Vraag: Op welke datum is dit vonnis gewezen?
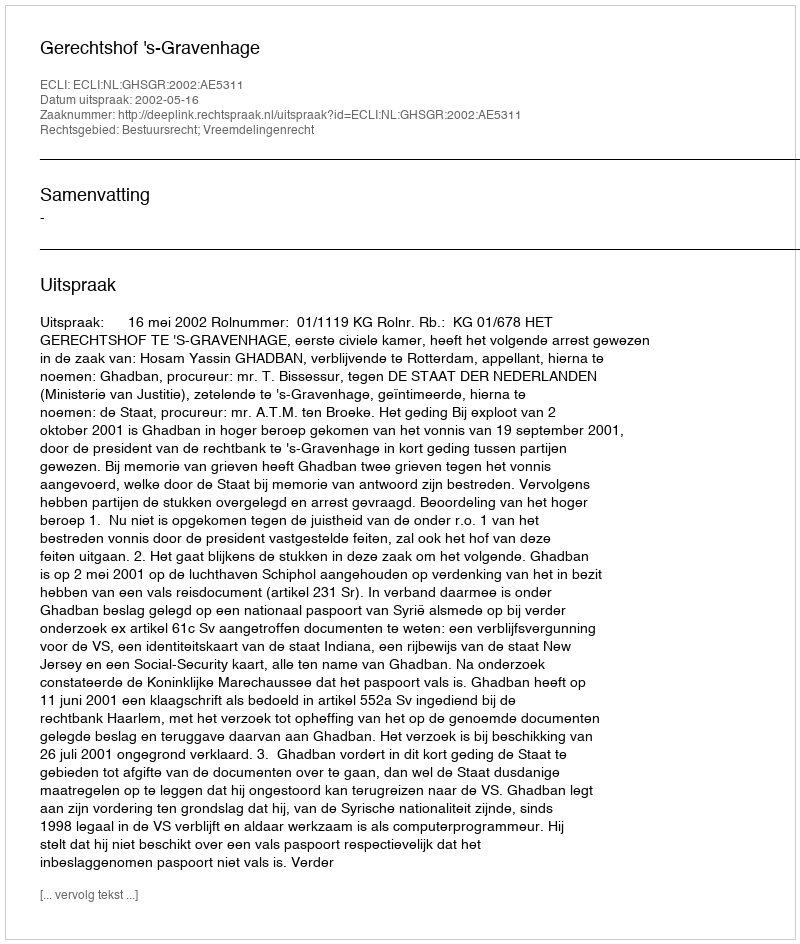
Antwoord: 2002-05-16